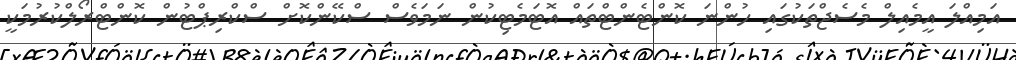
އަމިއްލަ އީމެއިލް މެސެޖްތަކުގައި ހުންނަ ކޮންޓެންޓްތައް އޮޓަމެޓިކުން ނަމަވެސް ސްކޭންކޮށް ސްކްރިޕްޓުން ކޮންޓްރޯލްކުރުމަކީ